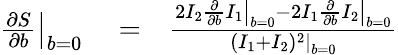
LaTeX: \begin{array}{rlr}{\left.\frac{\partial S}{\partial b}\right|_{b=0}}&{{}=}&{\frac{2I_{2}\left.\frac{\partial}{\partial b}I_{1}\right|_{b=0}-2I_{1}\left.\frac{\partial}{\partial b}I_{2}\right|_{b=0}}{\left.(I_{1}+I_{2})^{2}\right|_{b=0}}}\end{array}